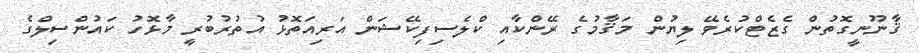
ޤާނޫނީގޮތުން ގެޒެޓްކުރެވޭ ލިޔުން މަޤާމުގެ ރޭންކާއި ކްލެސިފިކޭޝަން އަރިއަތޮޅު އުތުރުބުރީ މާޅޮހު ކައުންސިލްގެ